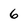
Character: 6